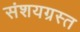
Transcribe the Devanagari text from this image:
संशयग्रस्त